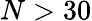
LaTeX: N>30